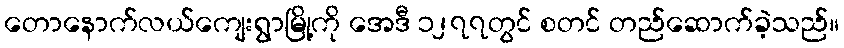
တောနောက်လယ်ကျေးရွာမြို့ကို အေဒီ ၁၂၇၇တွင် စတင် တည်ဆောက်ခဲ့သည်။